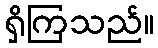
ရှိကြသည်။